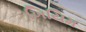
ખિયિમ